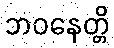
ဘဝနေတ္တိ